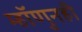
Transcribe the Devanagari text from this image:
म्हॉणुनही